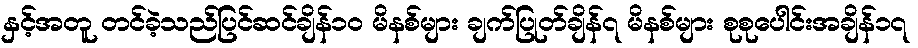
နှင့်အတူ တင်ခဲ့သည်ပြင်ဆင်ချိန်၁၀ မိနစ်များ ချက်ပြုတ်ချိန်၇ မိနစ်များ စုစုပေါင်းအချိန်၁၇